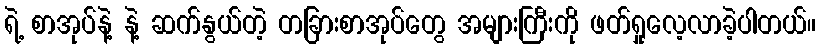
ရဲ့ စာအုပ်နဲ့ နဲ့ ဆက်နွယ်တဲ့ တခြားစာအုပ်တွေ အများကြီးကို ဖတ်ရှုလေ့လာခဲ့ပါတယ်။